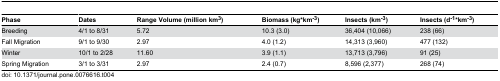
| Phase | Dates | Range Volume (million km3) | Biomass (kg*km-3) | Insects (km-3) | Insects (d-1*km-3) |
 | --- | --- | --- | --- | --- | --- |
 | Breeding | 4/1 to 8/31 | 5.72 | 10.3 (3.0) | 36,404 (10,066) | 238 (66) |
 | Fall Migration | 9/1 to 9/30 | 2.97 | 4.0 (1.2) | 14,313 (3,960) | 477 (132) |
 | Winter | 10/1 to 2/28 | 11.60 | 3.9 (1.1) | 13,713 (3,796) | 91 (25) |
 | Spring Migration | 3/1 to 3/31 | 2.97 | 2.4 (0.7) | 8,596 (2,377) | 268 (74) |